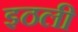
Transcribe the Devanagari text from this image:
इठली